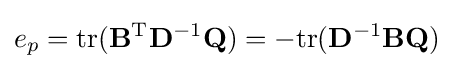
e_{p}=\mathrm {tr} (\mathbf {B} ^{\mathrm {T} }\mathbf {D} ^{-1}\mathbf {Q} )=-\mathrm {tr} (\mathbf {D} ^{-1}\mathbf {B} \mathbf {Q} )